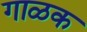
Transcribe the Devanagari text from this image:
गाळक